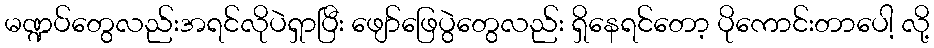
မဏ္ဍပ်တွေလည်းအရင်လိုပဲရှာပြီး ဖျော်ဖြေပွဲတွေလည်း ရှိနေရင်တော့ ပိုကောင်းတာပေါ့ လို့